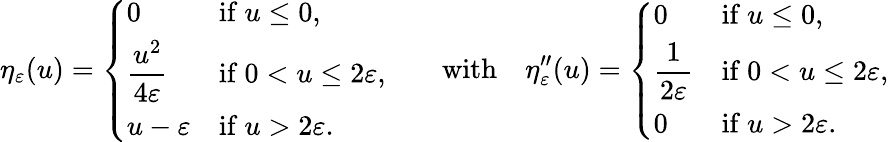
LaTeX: \eta_{\varepsilon}(u)=\left\{ \begin{array}{ll}{0}&{\mathrm{if~}u\le 0,}\\ {\displaystyle\frac{u^{2}}{4\varepsilon}}&{\mathrm{if~}0<u\le 2\varepsilon,}\\ {u-\varepsilon}&{\mathrm{if~}u>2\varepsilon.}\end{array}\right.\qquad\mathrm{with}\quad\eta_{\varepsilon}^{\prime\prime}(u)=\left\{ \begin{array}{ll}{0}&{\mathrm{if~}u\le 0,}\\ {\displaystyle\frac{1}{2\varepsilon}}&{\mathrm{if~}0<u\le 2\varepsilon,}\\ {0}&{\mathrm{if~}u>2\varepsilon.}\end{array}\right.